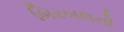
બિરબલનો